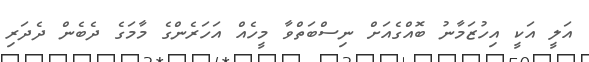
އަލީ އަކީ އިހުޒަމާނު ބޮއްގެއަށް ނިސްބަތްވާ މީހެއް އަހަރެންގެ މާމަގެ ދެބެން ދެދަރި